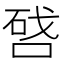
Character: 𠷠